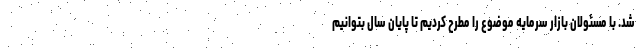
شد. با مسئولان بازار سرمایه موضوع را مطرح کردیم تا پایان سال بتوانیم